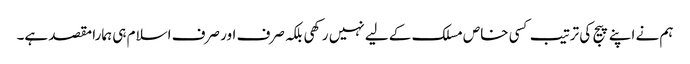
ہم نے اپنے پیج کی ترتیب کسی خاص مسلک کے لیے نہیں رکھی بلکہ صرف اور صرف اسلام ہی ہمارا مقصد ہے۔